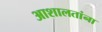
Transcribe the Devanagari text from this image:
आशालतांना